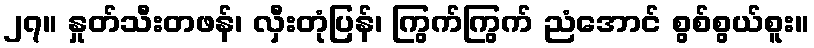
၂၇။ နှုတ်သီးတဖန်၊ လှီးတုံပြန်၊ ကြွက်ကြွက် ညံအောင် စွစ်စွယ်စူး။